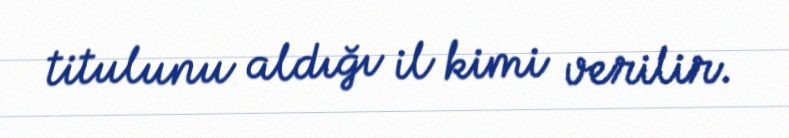
titulunu aldığı il kimi verilir.